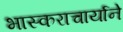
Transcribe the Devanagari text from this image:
भास्कराचार्याने